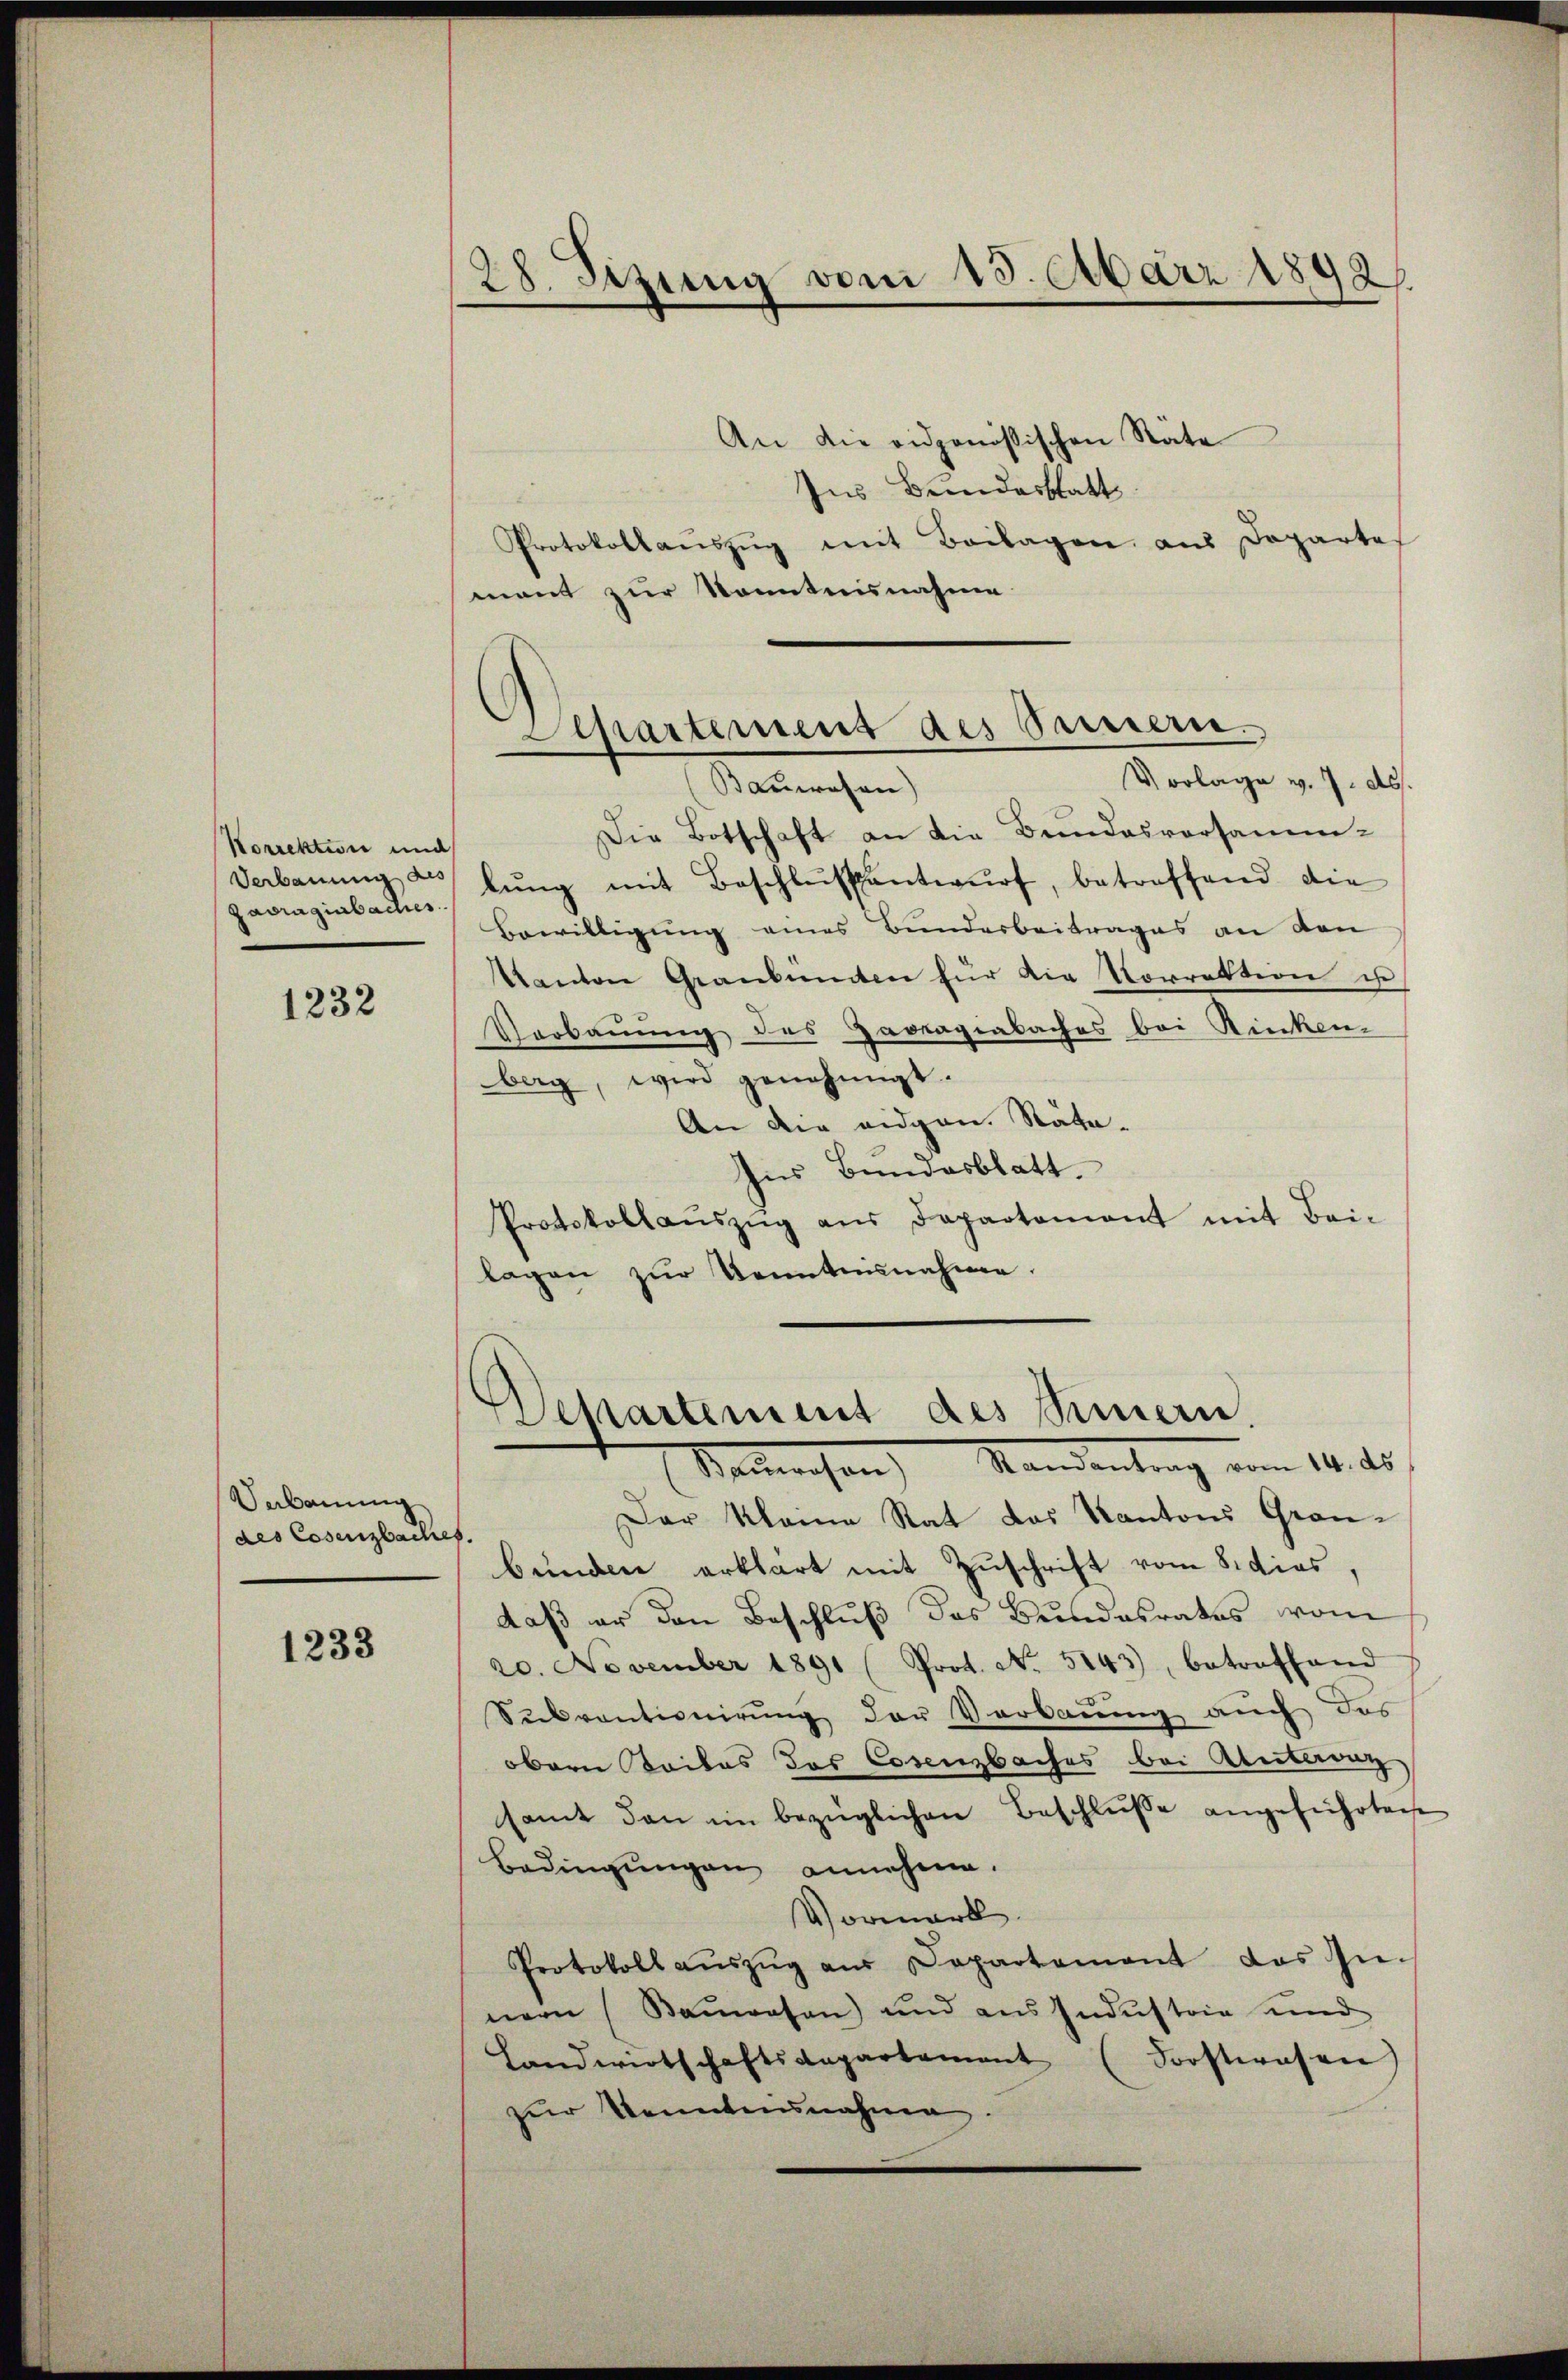
Korrektion und
zadragiabaches.

1232

Verbauung
des Cosenzbaches.

1233

28. Sizung vom 15. Mair 1892

An die eidgenößischen Stäte
Ins Bundesstatt
Protokollaŭszŭg mit Beilagen aus Departe
mant zur Kenntnisnahme
Stadtrechen
Die Botschaft an die Bundesvorsamm-
Verbaŭŭng an lŭng mit Beschlŭsantwŭrf, betreffend die
Bewilligung eines Bunderbeitrages an den
Kanton Graubünten für die Vorrektion u
Verbauung des Havreagiabaches bei Rinken-
berg, wird genehmigt.
An die eidgen. Räta-
Ins Bundesblatt
Protokollaŭszŭg aŭs Departement mit Bei-
lagen zŭr Kenntnisnahme.
Departement des Simmern.
Stadtrechen Standentrag vom 14. ds.
Der klaine Rat das Kantons Graubünden erklärt mit Zuschrift vom 8. dies,
daß er den Beschluß das Bundesrates vom
20. November 1891 (Prot. No. 5143), betreffend
Subventionirung der Verbauung auch das
obern Beiles das Cosenzbaches bei Antervaz
samt den im bezüglichen Beschlŭsse angeführten
Bedingungen annehme.
Vormerk
Protokoll aŭszŭg aŭs Departement das In-
nern (Bauwesen) und aus Industrie und
Landwirtschaftsdepartament (Forstwesen
zŭr Kenntensnahme.

Separtement des Sauern.
Vorlage v. 7. ds.